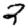
Digit: 2